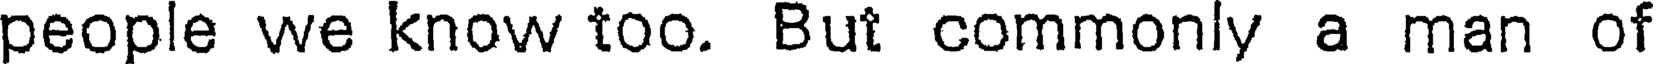
people we know too. But commonly a man of